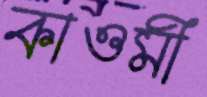
কাওমী